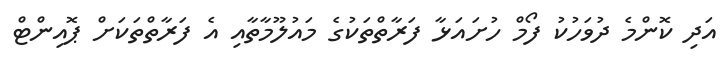
އަދި ކޮންމެ ދުވަހުކު ފޯމް ހުށައަޅާ ފަރާތްތަކުގެ މައުލޫމާތާއި އެ ފަރާތްތަކަށް ޕޮއިންޓް